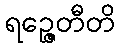
ရဉ္ဇေတီတိ